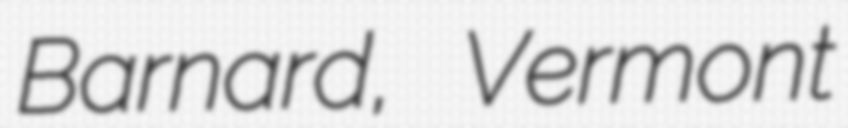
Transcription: Barnard, Vermont